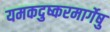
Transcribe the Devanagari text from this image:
यमकदुष्करमार्गेषु